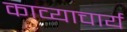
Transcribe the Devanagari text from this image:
काव्याचार्य